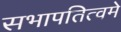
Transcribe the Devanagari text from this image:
सभापतित्वमे